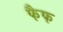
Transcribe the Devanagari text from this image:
फैफ